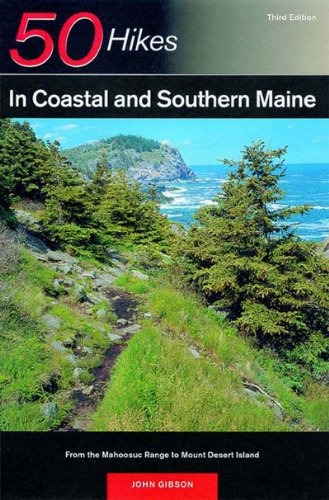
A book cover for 50 Hikes in Coastal and Southern Maine: From the Mahoosuc Range to Mount Desert Island, Third Edition (50 Hikes Series); John Gibson; Travel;